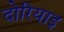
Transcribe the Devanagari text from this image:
दोरियाइ